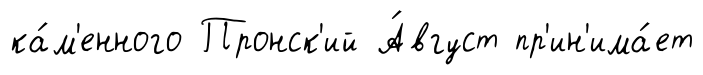
ка́м'енного Пронск'ий А́вгуст пр'ин'има́ет